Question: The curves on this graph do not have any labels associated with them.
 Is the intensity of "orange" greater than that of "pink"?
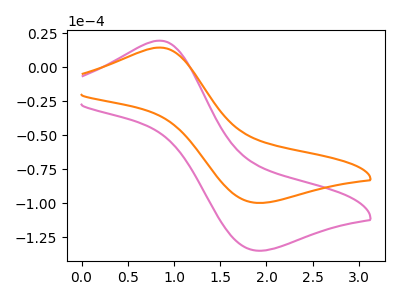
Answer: <think>The pink curve "pink" has an anodic peak at (0.85V, 19.55uA) and a cathodic peak at (1.90V, -134.95uA). The orange curve "orange" has an anodic peak at (0.85V, 14.45uA) and a cathodic peak at (1.90V, -99.85uA).
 All the peaks in "orange" have a peak in "pink" at the same potential. Every peak in "orange" is lower than every peak in "pink".</think>
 <answer>"orange" has less signal than "pink".</answer>
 <eval>less_signal</eval>